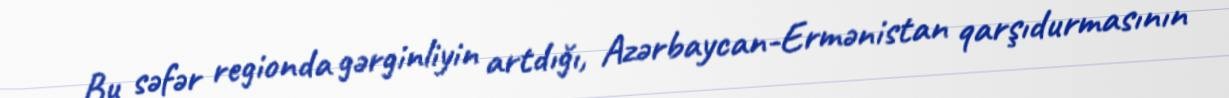
Bu səfər regionda gərginliyin artdığı, Azərbaycan-Ermənistan qarşıdurmasının